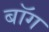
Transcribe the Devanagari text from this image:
बॉग